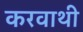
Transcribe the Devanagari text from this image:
करवाथी